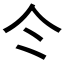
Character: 仒